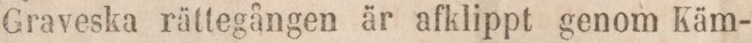
Graveska rättegången är afklippt genom Käm-